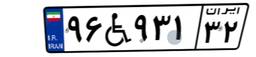
۲۰W۷۱۶۶۳